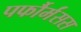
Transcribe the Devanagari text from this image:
पर्फौर्मंसस